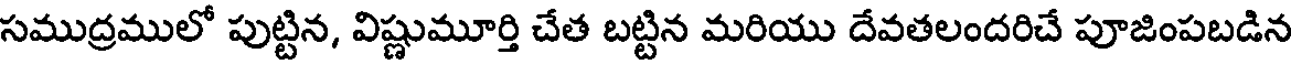
సముద్రములో పుట్టిన, విష్ణుమూర్తి చేత బట్టిన మరియు దేవతలందరిచే పూజింపబడిన